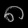
Digit: ၈